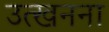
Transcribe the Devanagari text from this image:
उत्खनना